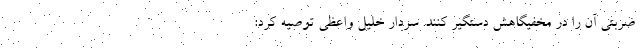
ضربتی آن را در مخفیگاهش دستگیر کنند. سردار خلیل واعظی توصیه کرد: